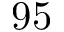
9 5